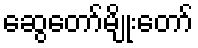
ဆွေတော်မျိုးတော်